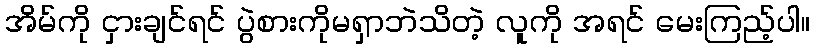
အိမ်ကို ငှားချင်ရင် ပွဲစားကိုမရှာဘဲသိတဲ့ လူကို အရင် မေးကြည့်ပါ။